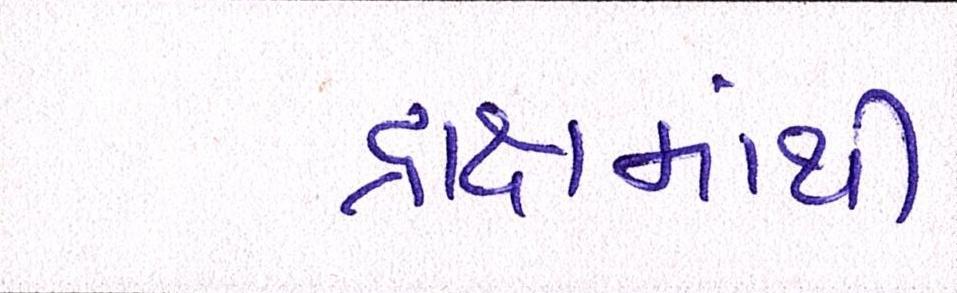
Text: દ્રાક્ષમાંથી